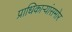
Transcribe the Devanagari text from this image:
प्राधिकाऱ्यांसमोर